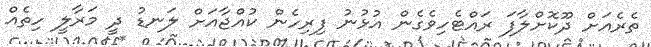
ތެރެއަށް ދޫކޮށްލާފަ ރައްޓެހިވެގެން އުޅުނު ފިރިހެން ކުއްޖާއަށް ލަނޑު ދީ މަރާލީ ހިތެއް